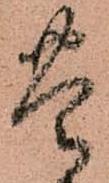
豊